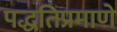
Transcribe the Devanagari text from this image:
पद्धतिप्रमाणे